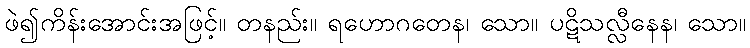
ဖဲ၍ကိန်းအောင်းအဖြင့်။ တနည်း။ ရဟောဂတေန၊ သော။ ပဋိသလ္လီနေန၊ သော။